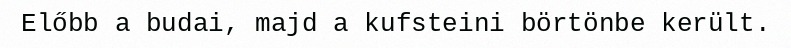
Előbb a budai, majd a kufsteini börtönbe került.